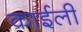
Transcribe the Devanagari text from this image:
काईली